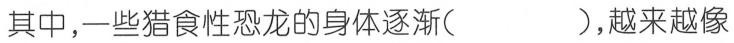
其中，一些猎食性恐龙的身体逐渐()，越来越像